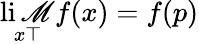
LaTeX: \operatorname*{li\mathscr{M}}_{x\top}f(x)=f(p)